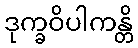
ဒုက္ခဝိပါကန္တိ